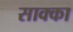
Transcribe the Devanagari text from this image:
साक्का